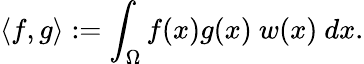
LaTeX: \langle f,g\rangle:=\int_{\Omega}f(x)g(x)\ w(x)\ dx.